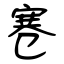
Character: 寋